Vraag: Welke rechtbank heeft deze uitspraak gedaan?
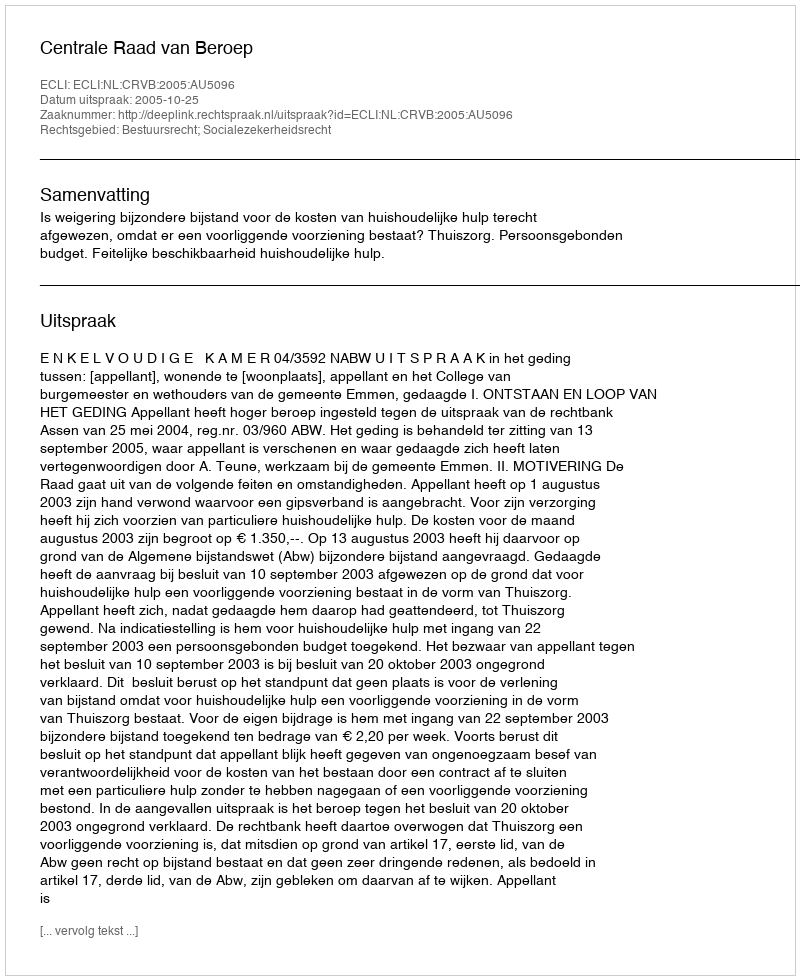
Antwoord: Centrale Raad van Beroep